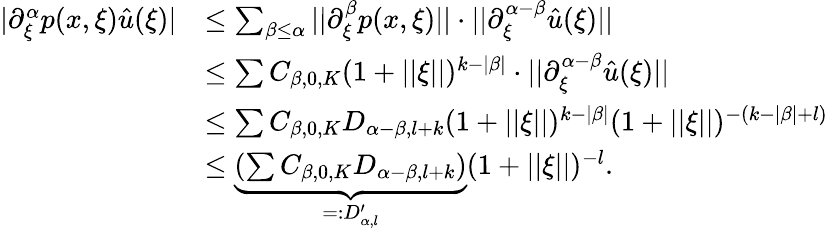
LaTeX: \begin{array}{rl}{|\partial_{\xi}^{\alpha}p(x,\xi)\hat{u}(\xi)|}&{\leq\sum_{\beta\leq\alpha}||\partial_{\xi}^{\beta}p(x,\xi)||\cdot||\partial_{\xi}^{\alpha-\beta}\hat{u}(\xi)||}\\ &{\leq\sum C_{\beta,0,K}(1+||\xi||)^{k-|\beta|}\cdot||\partial_{\xi}^{\alpha-\beta}\hat{u}(\xi)||}\\ &{\leq\sum C_{\beta,0,K}D_{\alpha-\beta,l+k}(1+||\xi||)^{k-|\beta|}(1+||\xi||)^{-(k-|\beta|+l)}}\\ &{\leq\underbrace{\left(\sum C_{\beta,0,K}D_{\alpha-\beta,l+k}\right)}_{=:D_{\alpha,l}^{\prime}}(1+||\xi||)^{-l}.}\end{array}